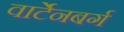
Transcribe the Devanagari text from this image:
वार्टेनबर्ग